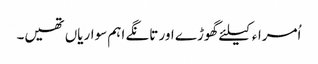
اُمراء کیلئے گھوڑے اور تانگے اہم سواریاں تھیں۔